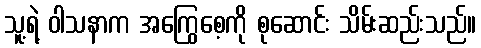
သူ့ရဲ့ ဝါသနာက အကြွေစေ့ကို စုဆောင်း သိမ်းဆည်းသည်။